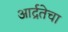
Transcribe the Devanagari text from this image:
आर्द्रतेचा